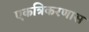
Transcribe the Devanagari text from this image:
एकत्रिकरणास